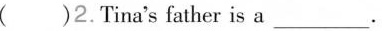
()2.Tina's father is a ___.